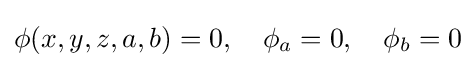
\phi (x,y,z,a,b)=0,\quad \phi _{a}=0,\quad \phi _{b}=0